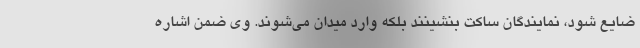
ضایع شود، نمایندگان ساکت بنشینند بلکه وارد میدان می‌شوند. وی ضمن اشاره